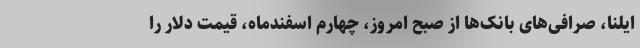
ایلنا، صرافی‌های بانک‌ها از صبح امروز، چهارم اسفندماه، قیمت دلار را